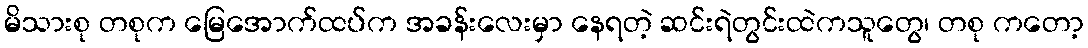
မိသားစု တစုက မြေအောက်ထပ်က အခန်းလေးမှာ နေရတဲ့ ဆင်းရဲတွင်းထဲကသူတွေ၊ တစု ကတော့